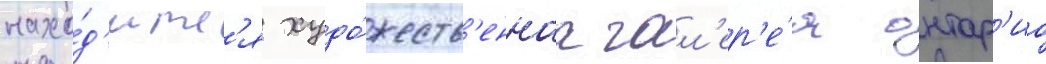
нахо́д'итс'я худо́жеств'еннаа гал'ер'е́я онтар'ио